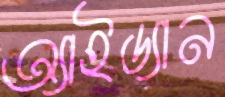
অ্যাইড্যান